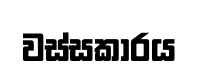
වස්සකාරය